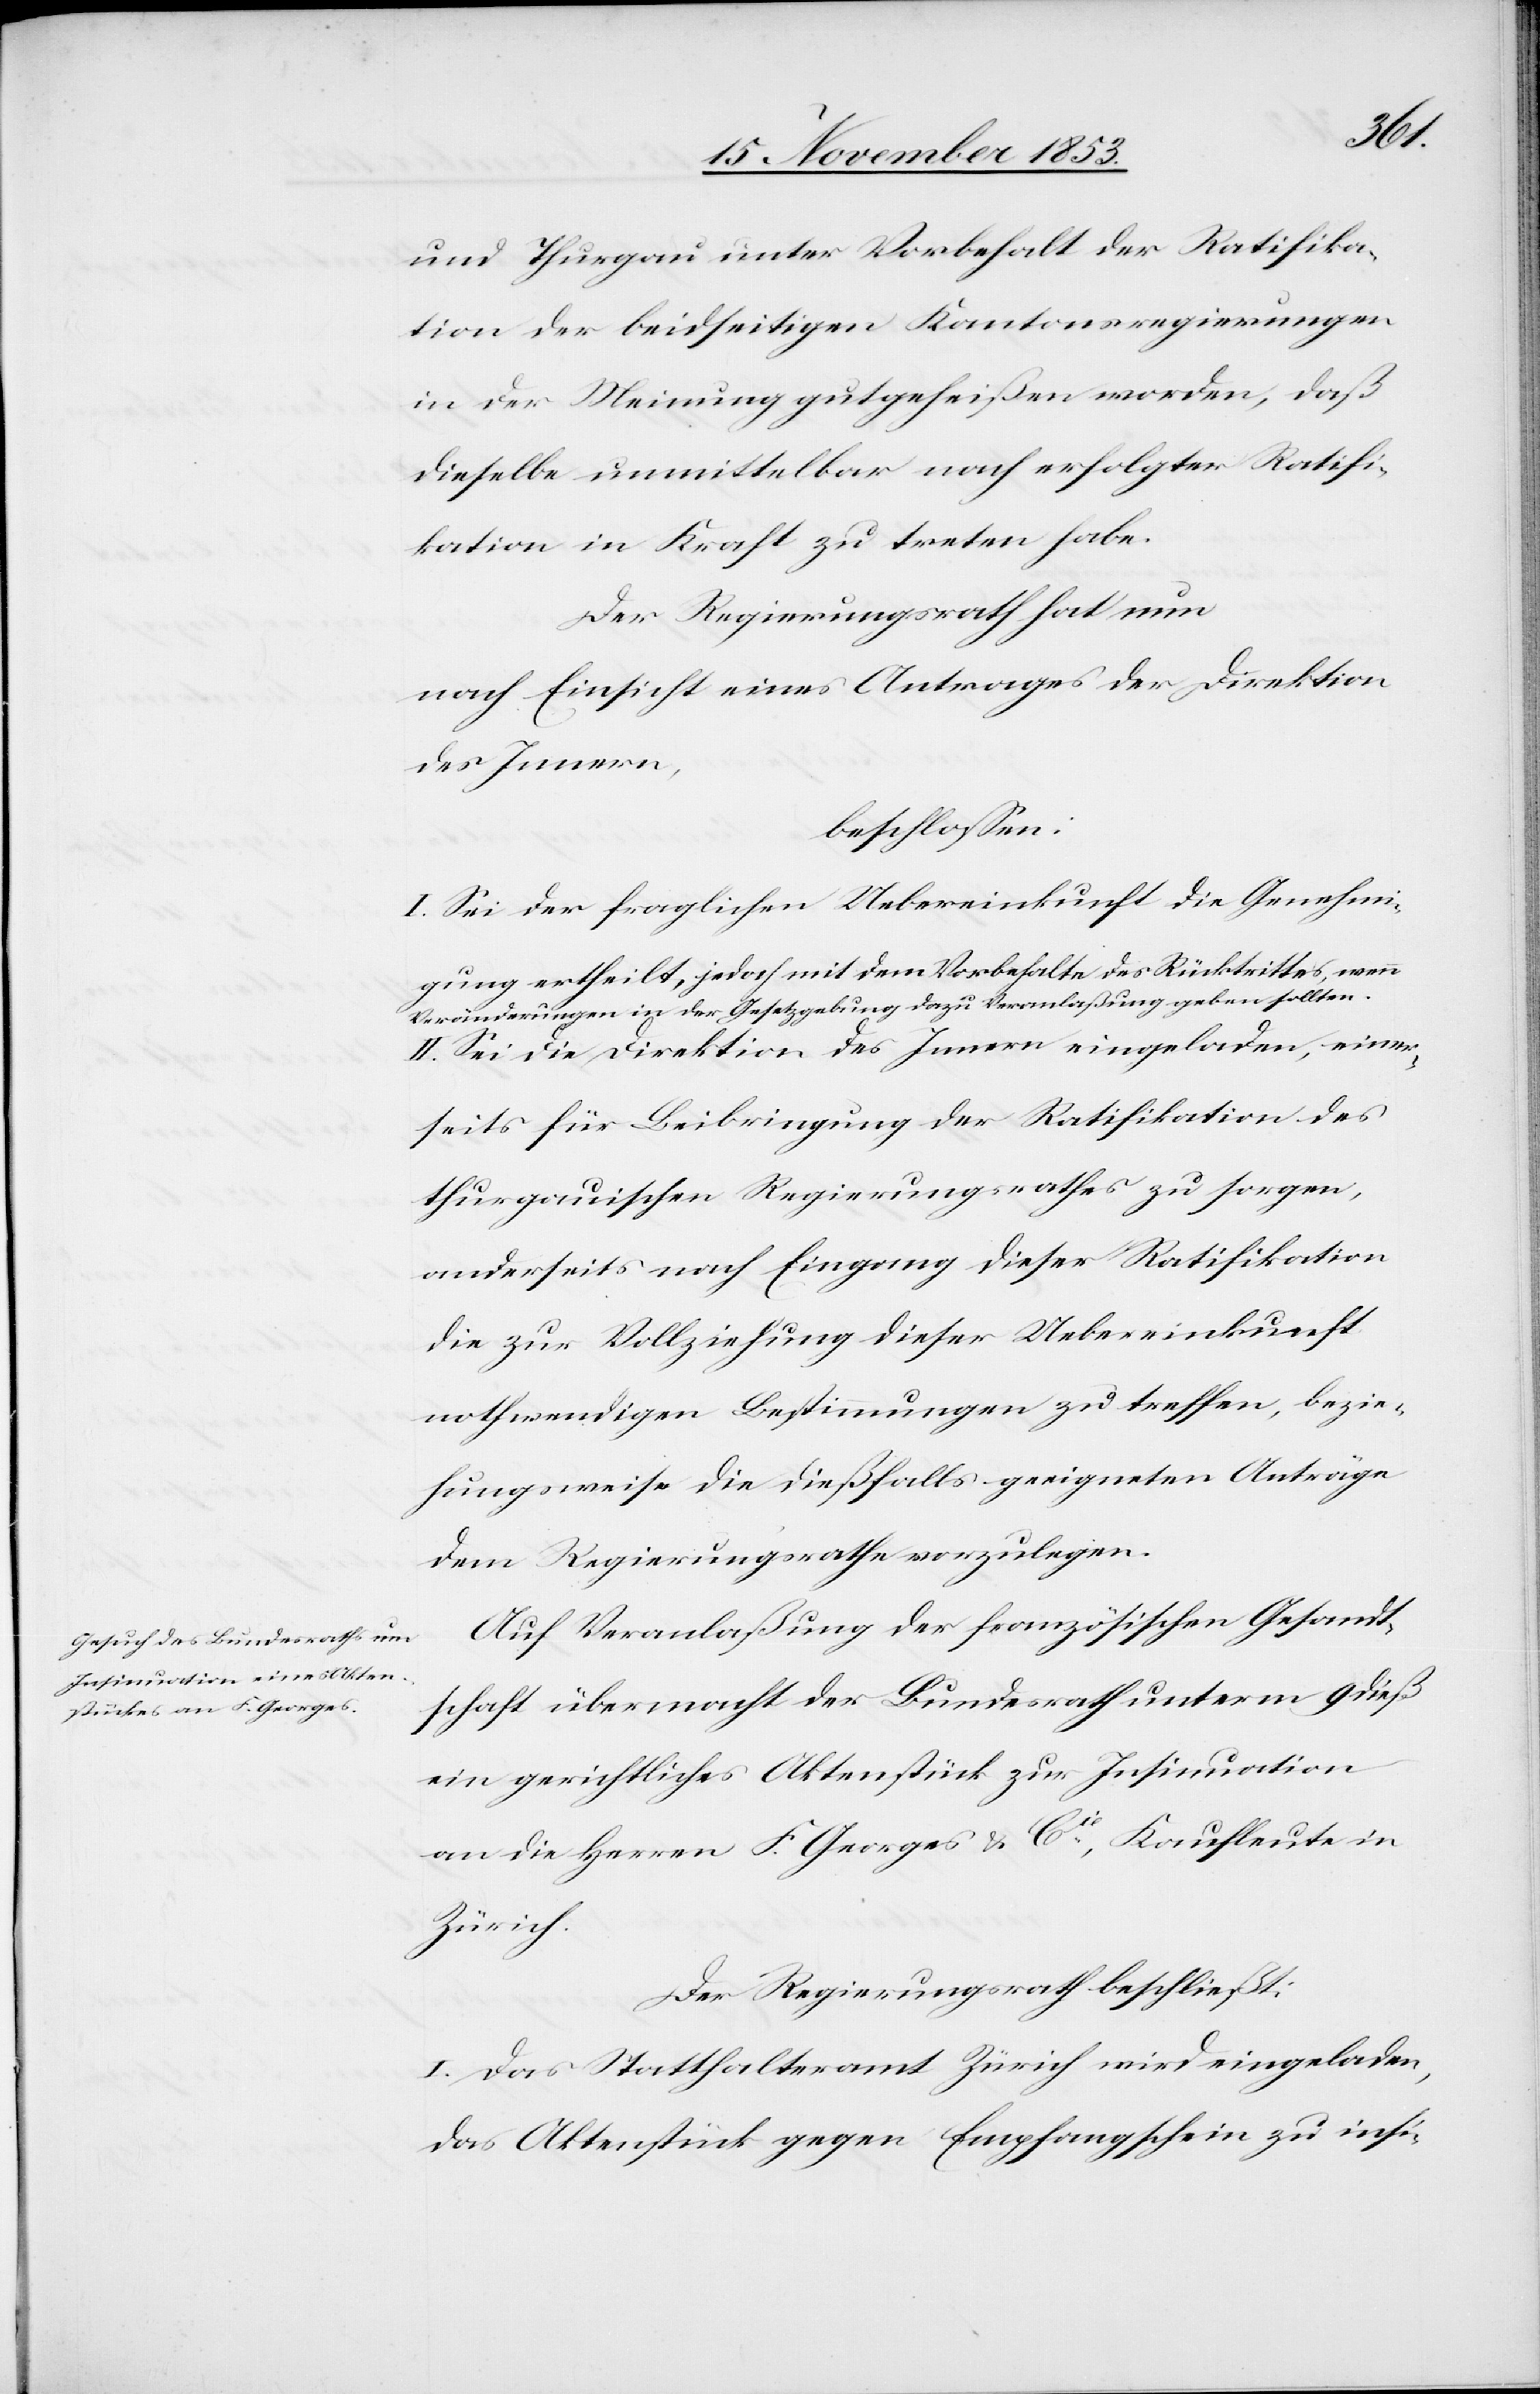
und Thurgau unter Vorbehalt der Ratifika¬
tion der beidseitigen Kantonsregierungen
in der Meinung gutgeheißen worden, daß
dieselbe unmittelbar nach erfolgter Ratifi¬
kation in Kraft zu treten habe.
Der Regierungsrath hat nun
nach Einsicht eines Antrages der Direktion
des Innern,
beschloßen:
I. Sei der fraglichen Uebereinkunft die Genehmi¬
gung ertheilt, jedoch mit dem Vorbehalte des Rücktritts, wenn
Veränderungen in der Gesetzgebung dazu Veranlaßung geben sollten.
II. Sei die Direktion des Innern eingeladen, einer¬
seits für Beibringung der Ratifikation des
thurgauischen Regierungsrathes zu sorgen,
anderseits nach Eingang dieser Ratifikation
die zur Vollziehung dieser Uebereinkunft
nothwendigen Bestimmungen zu treffen, bezie¬
hungsweise die dießfalls geeigneten Anträge
dem Regierungsrathe vorzulegen.
Auf Veranlaßung der französischen Gesandt¬
schaft übermacht der Bundesrath unterm 9 dieß
ein gerichtliches Aktenstück zu Insinuation
an die Herren F. Georges u. Cie, Kaufleute in
Zürich.
Der Regierungsrath beschließt:
I. Das Statthalteramt Zürich wird eingeladen,
das Aktenstück gegen Empfangschein zu insi-